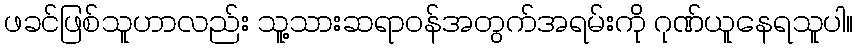
ဖခင်ဖြစ်သူဟာလည်း သူ့သားဆရာဝန်အတွက်အရမ်းကို ဂုဏ်ယူနေရသူပါ။